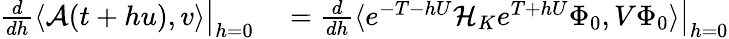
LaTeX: \begin{array}{rl}{\left.\frac{d}{dh}\langle\mathcal{A}(t+hu),v\rangle\right|_{h=0}}&{{}=\left.\frac{d}{dh}\langle e^{-T-hU}\mathcal{H}_{K}e^{T+hU}\Phi_{0},V\Phi_{0}\rangle\right|_{h=0}}\end{array}